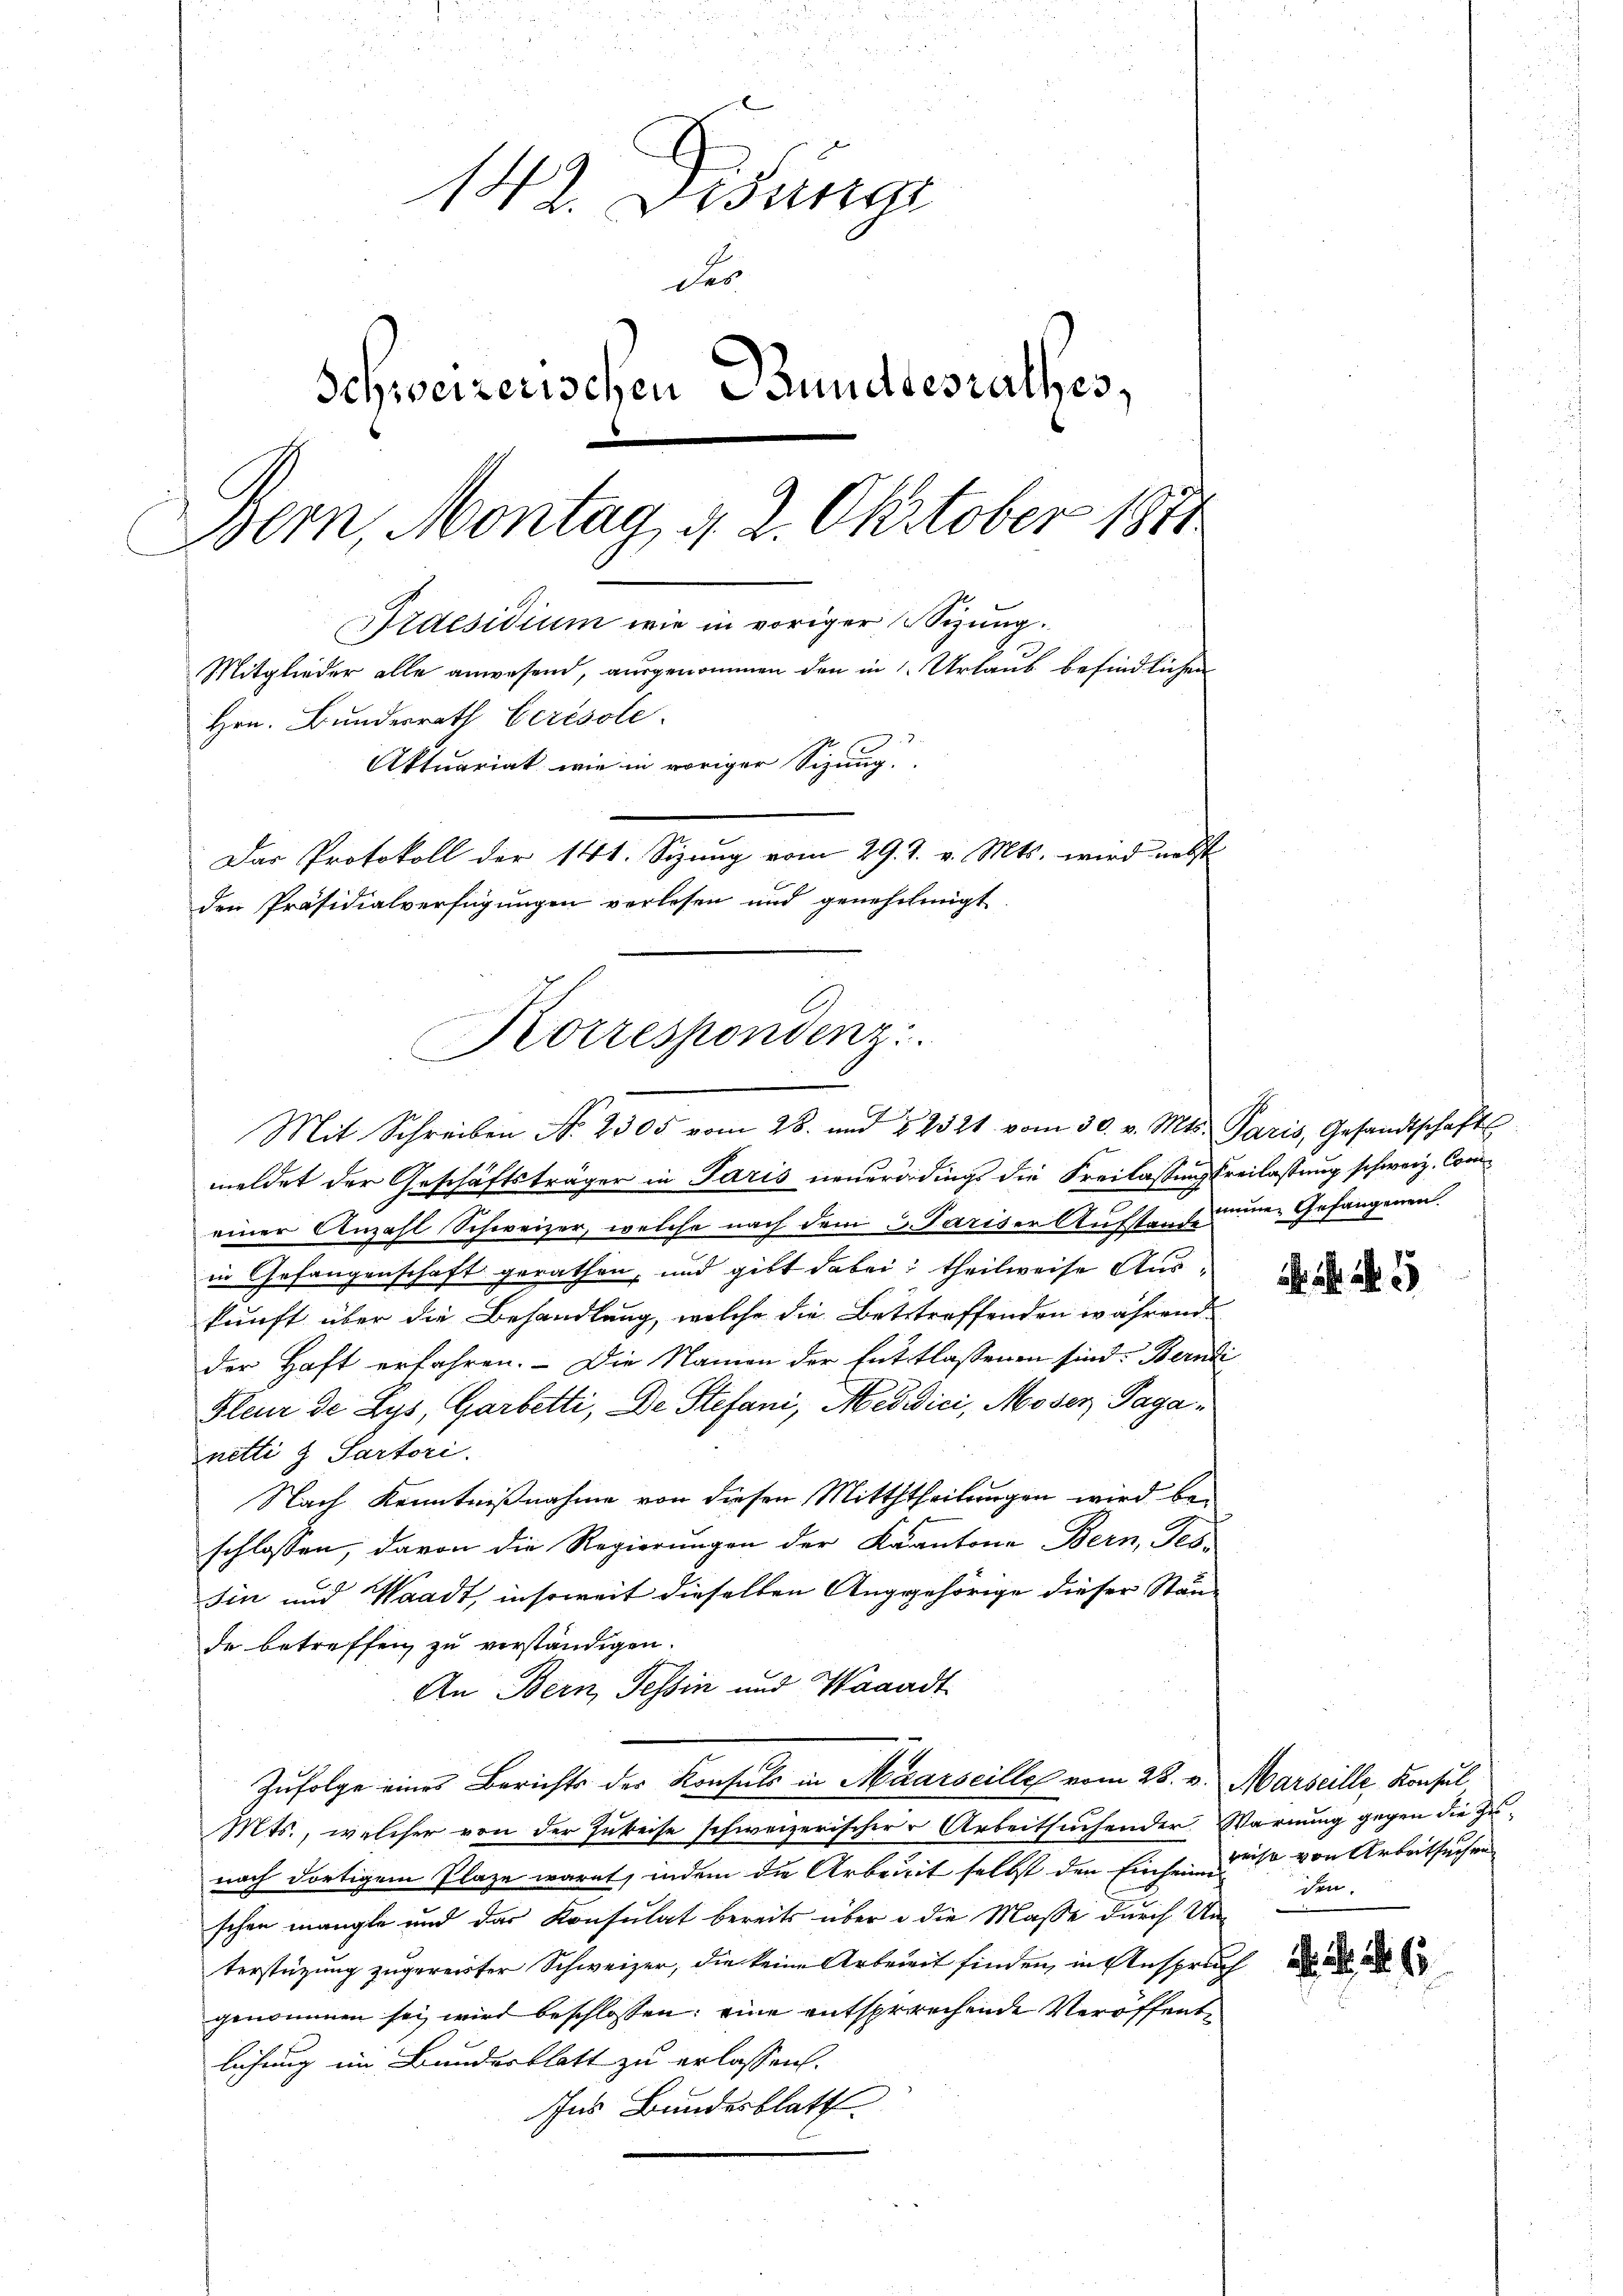
142. Desunge
des
Schweizerischen Bundesrathes,
Bern, Montag, d. 2. Oktober 1874
Araesidium wie in voriger Sitzung.
Mitglieder alle anwesend, ausgenommen den in Urlaub befindlichen
Hrn. Bundesrath Cerésole.
Aktuariat wie in voriger Sizung
Das Protokoll der 141. Sizung vom 29. J. v. Mts. wird nebst
den Präsidialverfügungen verlesen und genehmigt.

Korrespondenz
Mit Schreiben No. 2305 vom 28. und § 2521 vom 30. v. Mts. Paris, Gesandtschafts

meldet der Geschäftsträger in Paris neuerdings die Freilassungsfreilassung schweiz. Comeiner Anzahl Schweizer, welche nach dem 3 Pariser Aufstag seiner Gefangenen
in Gefangenschaft gerathen, und gibt dabei, theilweise Auskunft über die Behandlung, welche die Bettreffenden während
der Haft erfahren. - Die Namen der Enttlassenen sind. Berndi
Fleur de Lys, Garbetti, De Stefani, Medici, Moser, Paganetti & Sartori.
Nach Kenntnißnahme von diesen Mitththeilungen wird beschlossen, davon die Regierungen der Kantone Bern, Tes-
sin und Waadt, insoweit dieselben Angehörige dieser Stän-
de betreffen zu verständigen.
An Bern, Tessin und Waadt
Zufolge eines Berichts der Konfels in Maarseille vom 25. v. Marseille, Konsul
Mts., welcher von der Zuweise schweizerischerr Arbeitsuchender Warnung gegen die Zunach dortigem Plaze warnt, indem die Arbeit selbst den Einheimnis von Arbeitsuchen
schen mangle und das Konsulat bereits über u die Masse durch Un-
terstützung zugereister Schweizer, die keine Arbeit finden, in Anspruch
genommen sei wird beschlossen: eine entsprechende Veröffentlichung im Bundesblatt zu erlassen.
Ans Bundesblatt

den.

. . . 65